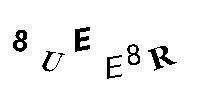
8UEE8R